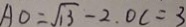
A O = \sqrt { 1 3 } - 2 . 0 c = 3